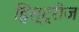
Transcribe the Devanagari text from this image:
हिस्ट्रीज